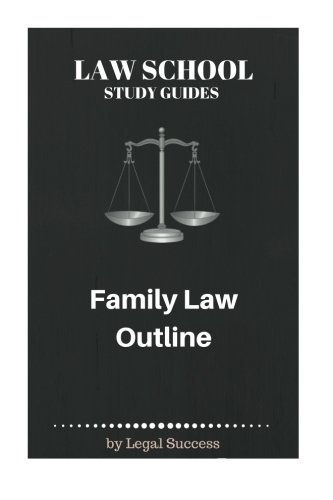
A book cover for Law School Study Guides: Family Law Outline (Volume 14); Legal Success; Law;